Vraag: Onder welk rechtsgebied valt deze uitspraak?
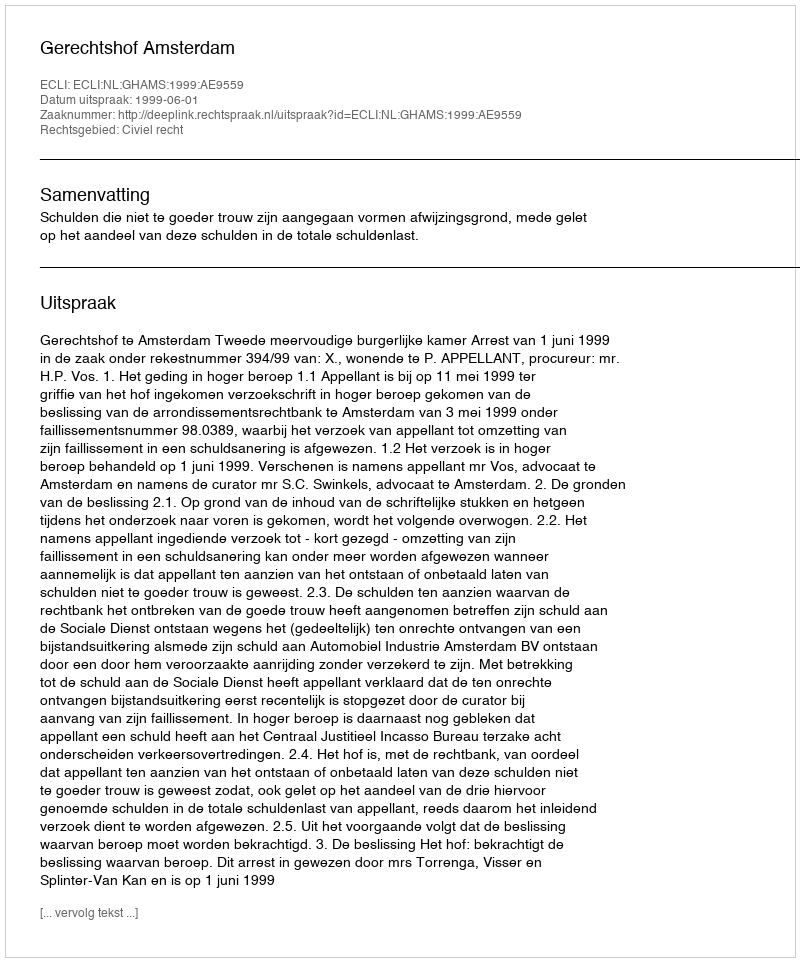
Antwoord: Civiel recht